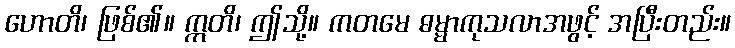
ဟောတိ၊ ဖြစ်၏။ ဣတိ၊ ဤသို့။ ကတမေ ဓမ္မာကုသလာအဖွင့် အပြီးတည်း။